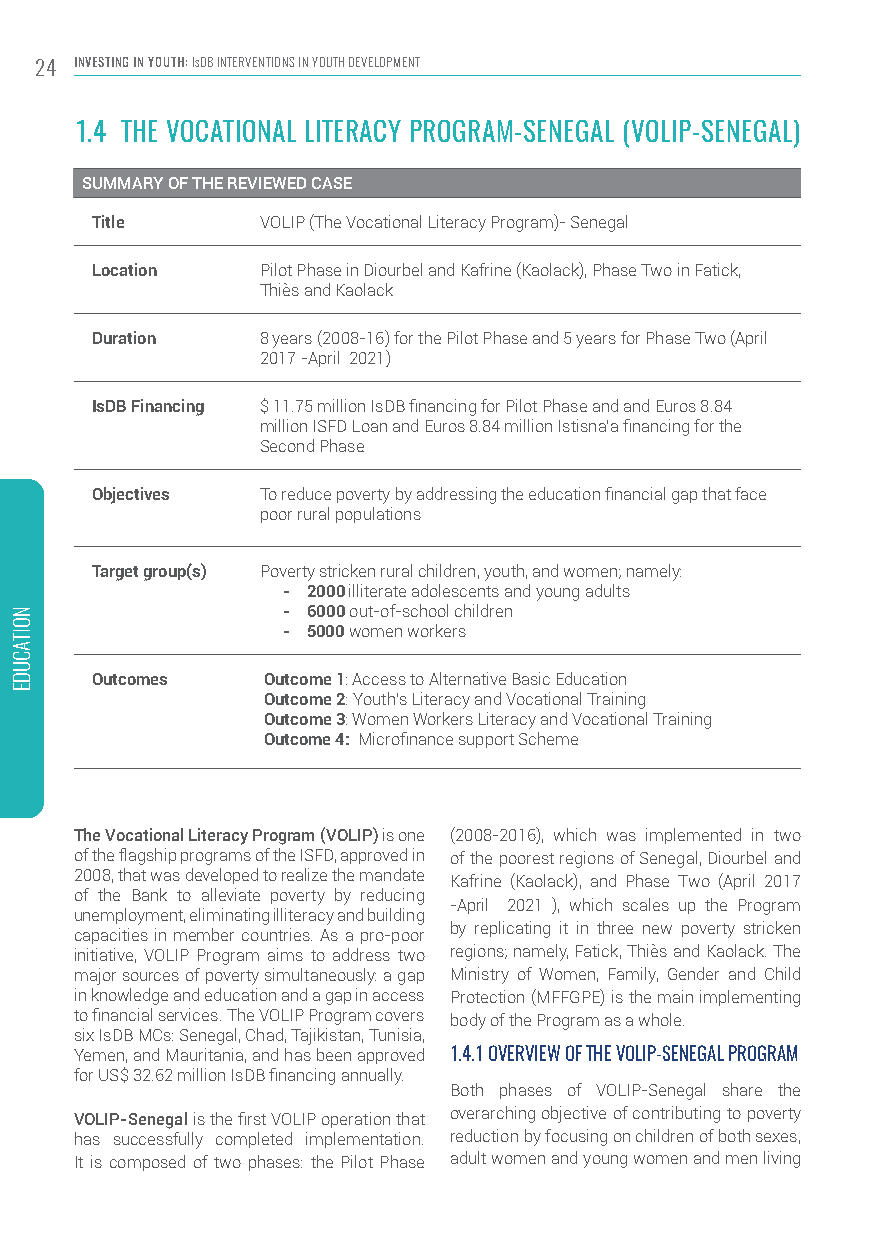
24 INVESTING IN YOUTH: IsDB INTERVENTIONS IN YOUTH DEVELOPMENT
 1.4 THE VOCATIONAL LITERACY PROGRAM-SENEGAL (VOLIP-SENEGAL)
 SUMMARY OF THE REVIEWED CASE
 Title      VOLIP (The Vocational Literacy Program)- Senegal
 Location   Pilot Phase in Diourbel and Kafrine (Kaolack), Phase Two in Fatick,
 Thiès and Kaolack
 Duration   8 years (2008-16) for the Pilot Phase and 5 years for Phase Two (April
 2017 -April 2021)
 IsDB Financing $ 11.75 million IsDB financing for Pilot Phase and and Euros 8.84
 million ISFD Loan and Euros 8.84 million Istisna’a financing for the
 Second Phase
 Objectives To reduce poverty by addressing the education financial gap that face
 poor rural populations
 Target group(s) Poverty stricken rural children, youth, and women; namely:
 - 2000 illiterate adolescents and young adults
 - 6000 out-of-school children
 - 5000 women workers
 Outcomes   Outcome 1: Access to Alternative Basic Education
 Outcome 2: Youth’s Literacy and Vocational Training
 Outcome 3: Women Workers Literacy and Vocational Training
 Outcome 4: Microfinance support Scheme
 The Vocational Literacy Program (VOLIP) is one (2008-2016), which was implemented in two
 of the flagship programs of the ISFD, approved in of the poorest regions of Senegal, Diourbel and
 2008, that was developed to realize the mandate Kafrine (Kaolack), and Phase Two (April 2017
 of the Bank to alleviate poverty by reducing
 -April 2021 ), which scales up the Program
 unemployment, eliminating illiteracy and building
 by replicating it in three new poverty stricken
 capacities in member countries. As a pro-poor
 initiative, VOLIP Program aims to address two regions; namely, Fatick, Thiès and Kaolack. The
 major sources of poverty simultaneously: a gap Ministry of Women, Family, Gender and Child
 in knowledge and education and a gap in access Protection (MFFGPE) is the main implementing
 to financial services. The VOLIP Program covers body of the Program as a whole.
 six IsDB MCs: Senegal, Chad, Tajikistan, Tunisia,
 Yemen, and Mauritania, and has been approved 1.4.1 OVERVIEW OF THE VOLIP-SENEGAL PROGRAM
 for US$ 32.62 million IsDB financing annually.
 Both phases of VOLIP-Senegal share the
 VOLIP-Senegal is the first VOLIP operation that overarching objective of contributing to poverty
 has successfully completed implementation. reduction by focusing on children of both sexes,
 It is composed of two phases: the Pilot Phase adult women and young women and men living
 NOITACUDE